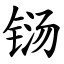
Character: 铴